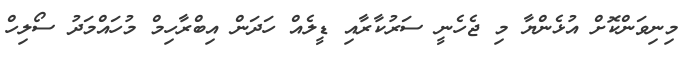
މިނިވަންކޮށް އުޅެންޔާ މި ޖެހެނީ ސަރުކާރާއި ޑީލެއް ހަދަން އިބްރާހިމް މުހައްމަދު ސޯލިހް